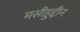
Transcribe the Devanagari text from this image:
मसीहुद्दीन